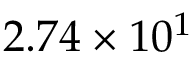
2 . 7 4 \times 1 0 ^ { 1 }